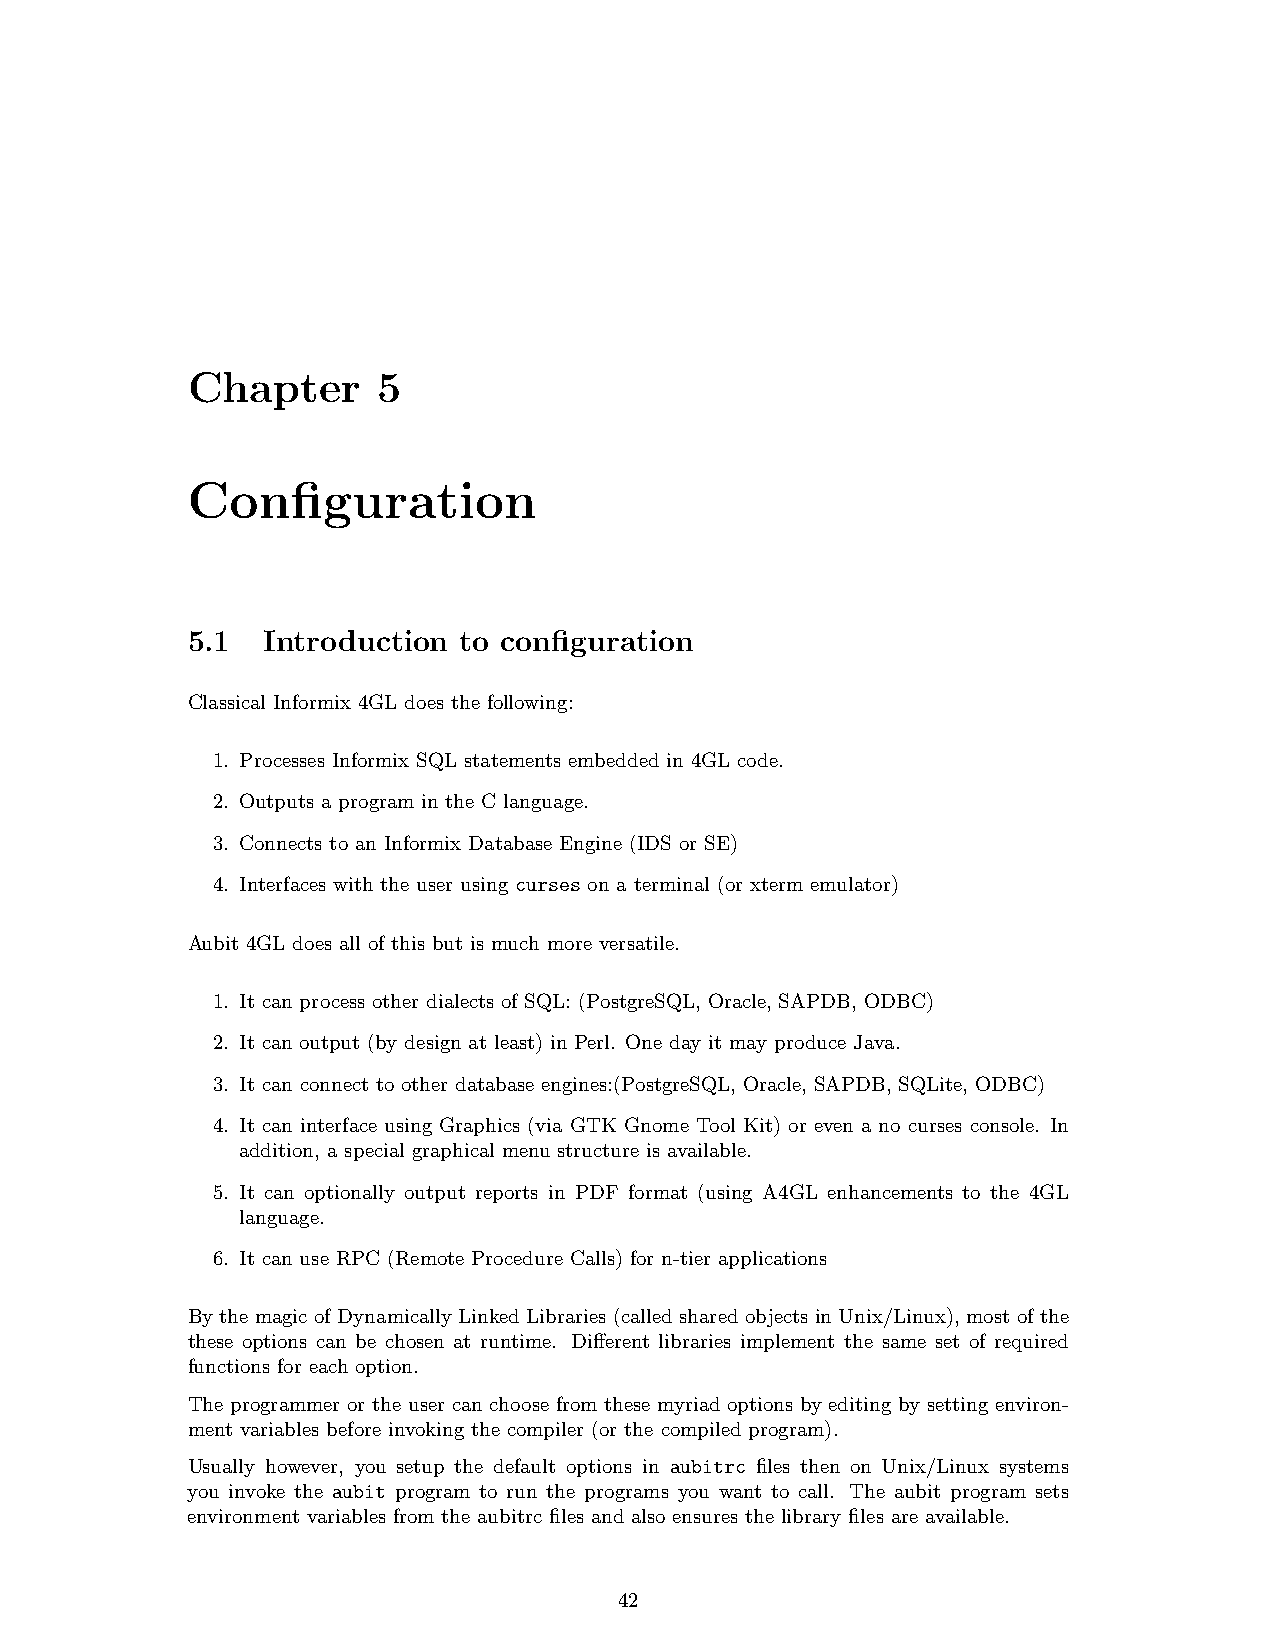
Chapter      5
 Configuration
 5.1  Introduction to configuration
 Classical Informix 4GL does the following:
 1. Processes Informix SQL statements embedded in 4GL code.
 2. Outputs a program in the C language.
 3. Connects to an Informix Database Engine (IDS or SE)
 4. Interfaces with the user using curses on a terminal (or xterm emulator)
 Aubit 4GL does all of this but is much more versatile.
 1. It can process other dialects of SQL: (PostgreSQL, Oracle, SAPDB, ODBC)
 2. It can output (by design at least) in Perl. One day it may produce Java.
 3. It can connect to other database engines:(PostgreSQL, Oracle, SAPDB, SQLite, ODBC)
 4. It can interface using Graphics (via GTK Gnome Tool Kit) or even a no curses console. In
 addition, a special graphical menu structure is available.
 5. It can optionally output reports in PDF format (using A4GL enhancements to the 4GL
 language.
 6. It can use RPC (Remote Procedure Calls) for n-tier applications
 By the magic of Dynamically Linked Libraries (called shared objects in Unix/Linux), most of the
 these options can be chosen at runtime. Different libraries implement the same set of required
 functions for each option.
 The programmer or the user can choose from these myriad options by editing by setting environ-
 ment variables before invoking the compiler (or the compiled program).
 Usually however, you setup the default options in aubitrc files then on Unix/Linux systems
 you invoke the aubit program to run the programs you want to call. The aubit program sets
 environment variables from the aubitrc files and also ensures the library files are available.
 42